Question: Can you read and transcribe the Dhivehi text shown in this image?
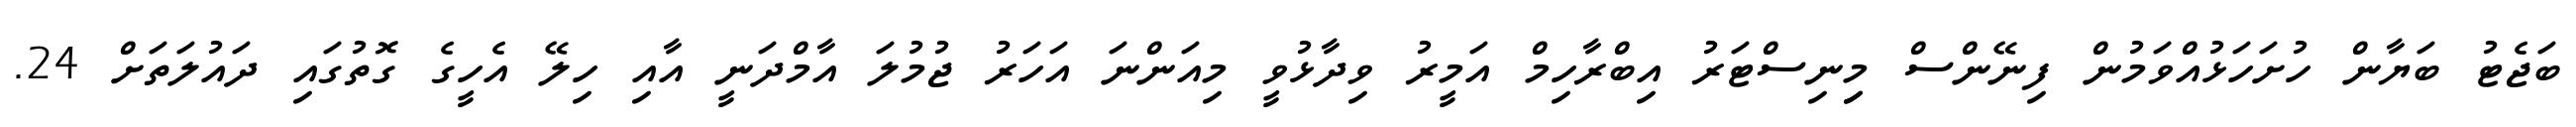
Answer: ބަޖެޓު ބަޔާން ހުށަހަޅުއްވަމުން ފިނޭންސް މިިނިސްޓަރު އިބްރާހިމް އަމީރު ވިދާޅުވީ މިއަންނަ އަހަރު ޖުމުލަ އާމްދަނީ އާއި ހިލޭ އެހީގެ ގޮތުގައި ދައުލަތަށް 24.